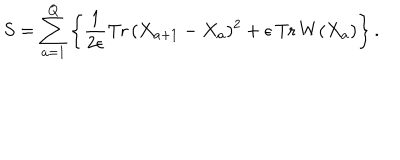
S = \sum _ { a = 1 } ^ { Q } \left\{ \frac { 1 } { 2 \epsilon } \mathrm { T r } \, ( X _ { a + 1 } - X _ { a } ) ^ { 2 } + \epsilon \, \mathrm { T r } \, W ( X _ { a } ) \right\} .